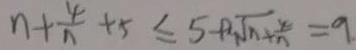
n + \frac { 4 } { n } + 5 \leq 5 \varphi \sqrt { n + \frac { 4 } { n } } = 9 .